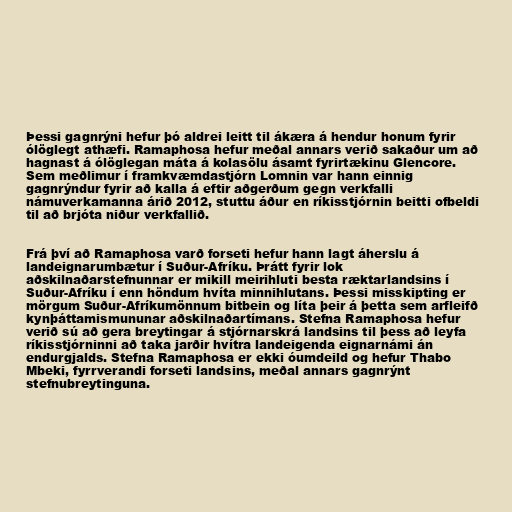
Þessi gagnrýni hefur þó aldrei leitt til ákæra á hendur honum fyrir
ólöglegt athæfi. Ramaphosa hefur meðal annars verið sakaður um að
hagnast á ólöglegan máta á kolasölu ásamt fyrirtækinu Glencore.
Sem meðlimur í framkvæmdastjórn Lomnin var hann einnig
gagnrýndur fyrir að kalla á eftir aðgerðum gegn verkfalli
námuverkamanna árið 2012, stuttu áður en ríkisstjórnin beitti ofbeldi
til að brjóta niður verkfallið.

Frá því að Ramaphosa varð forseti hefur hann lagt áherslu á
landeignarumbætur í Suður-Afríku. Þrátt fyrir lok
aðskilnaðarstefnunnar er mikill meirihluti besta ræktarlandsins í
Suður-Afríku í enn höndum hvíta minnihlutans. Þessi misskipting er
mörgum Suður-Afríkumönnum bitbein og líta þeir á þetta sem arfleifð
kynþáttamismununar aðskilnaðartímans. Stefna Ramaphosa hefur
verið sú að gera breytingar á stjórnarskrá landsins til þess að leyfa
ríkisstjórninni að taka jarðir hvítra landeigenda eignarnámi án
endurgjalds. Stefna Ramaphosa er ekki óumdeild og hefur Thabo
Mbeki, fyrrverandi forseti landsins, meðal annars gagnrýnt
stefnubreytinguna.